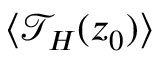
\langle \mathcal { T } _ { H } ( z _ { 0 } ) \rangle